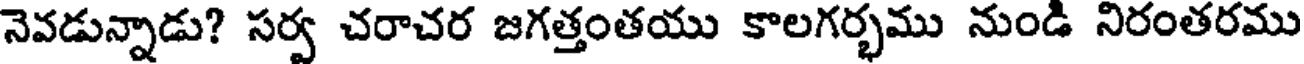
నెవడున్నాడు? సర్వ చరాచర జగత్తంతయు కాలగర్భము నుండి నిరంతరము